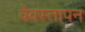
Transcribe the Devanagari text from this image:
वेवस्तापन